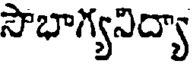
సౌభాగ్యనిద్యా